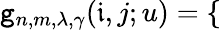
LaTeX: \mathtt{g}_{n,m,\lambda,\gamma}(\mathfrak{{i}},j;u)=\left\{ \begin{array}{ll}{\begin{array}{rlr}\end{array}}\end{array}\right.